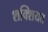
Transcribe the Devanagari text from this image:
शक्शियत